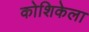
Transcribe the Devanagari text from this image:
कोशिकेला